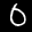
Label: 0